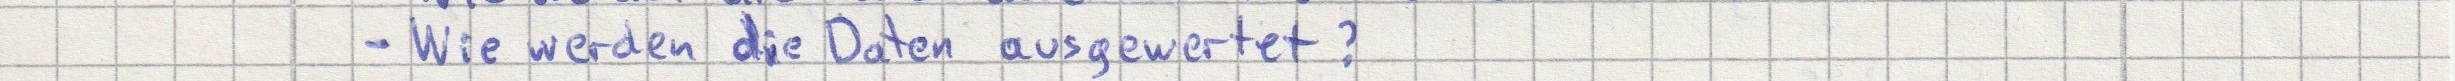
- Wie werden die Daten ausgewertet?